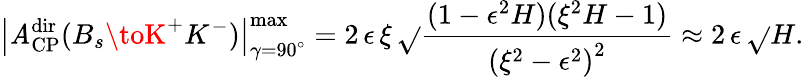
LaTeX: \left|{\cal\mathit{A}}_{\mathrm{{CP}}}^{\mathrm{{dir}}}(B_{s}\toK^{+}K^{-})\right|_{\gamma=90^{\circ}}^{\mathrm{{max}}}=2\, \epsilon\, \xi\, \sqrt{}{{\frac{{(1-\epsilon^{2}H)(\xi^{2}H-1)}}{{\left(\xi^{2}-\epsilon^{2}\right)^{2}}}}}\approx2\, \epsilon\, \sqrt{}{{H}}.